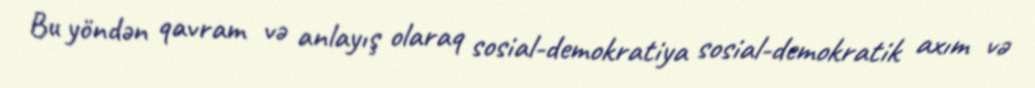
Bu yöndən qavram və anlayış olaraq sosial-demokratiya sosial-demokratik axım və